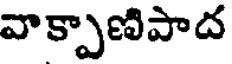
వాక్పాణిపాద